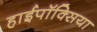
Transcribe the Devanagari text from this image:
हाईपॉक्सिया